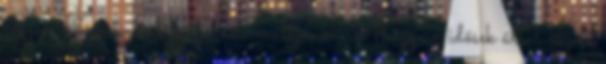
részei Törökbálint kulturális múltjának. Ahogy az idősek által őrzött